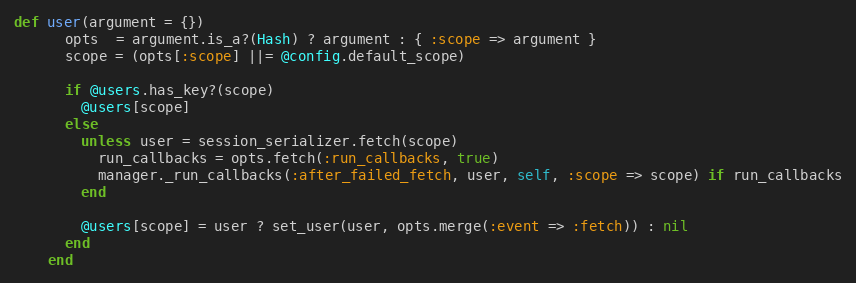
Language: Ruby
def user(argument = {})
      opts  = argument.is_a?(Hash) ? argument : { :scope => argument }
      scope = (opts[:scope] ||= @config.default_scope)

      if @users.has_key?(scope)
        @users[scope]
      else
        unless user = session_serializer.fetch(scope)
          run_callbacks = opts.fetch(:run_callbacks, true)
          manager._run_callbacks(:after_failed_fetch, user, self, :scope => scope) if run_callbacks
        end

        @users[scope] = user ? set_user(user, opts.merge(:event => :fetch)) : nil
      end
    end